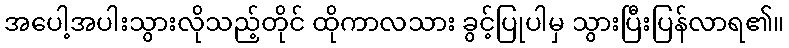
အပေါ့အပါးသွားလိုသည့်တိုင် ထိုကာလသား ခွင့်ပြုပါမှ သွားပြီးပြန်လာရ၏။